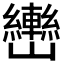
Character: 𰹫